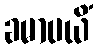
ခမာပယိံ